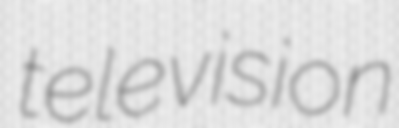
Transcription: television